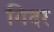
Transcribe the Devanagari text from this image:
गिदर